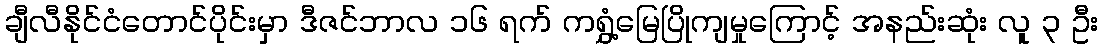
ချီလီနိုင်ငံတောင်ပိုင်းမှာ ဒီဇင်ဘာလ ၁၆ ရက် ကရွှံ့မြေပြိုကျမှုကြောင့် အနည်းဆုံး လူ ၃ ဦး